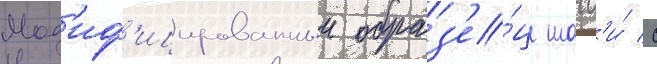
Мод'иф'ицированныи образ'е́ц шасс'и́ с